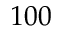
1 0 0